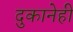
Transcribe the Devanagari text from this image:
दुकानेही